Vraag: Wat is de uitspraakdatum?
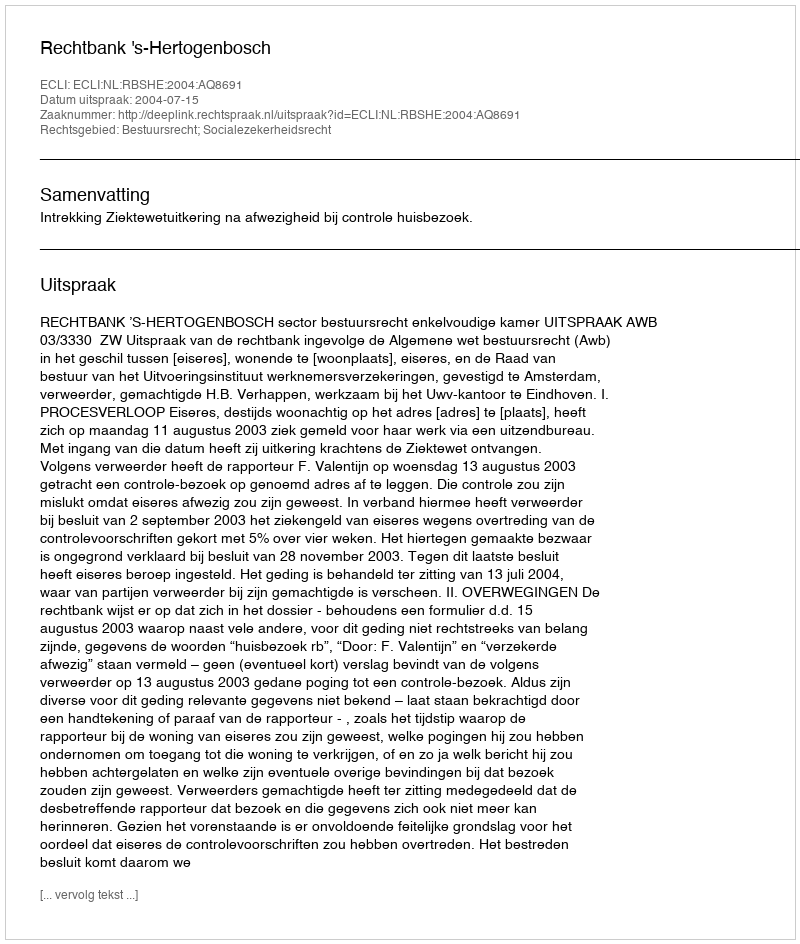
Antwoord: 2004-07-15